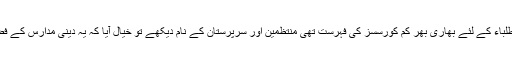
کل ایک اشتہار دیکھا جس میں دینی مدارس کے طلباء کے لئے بھاری بھر کم کورسسز کی فہرست تھی منتظمین اور سرپرستان کے نام دیکھے تو خیال آیا کہ یہ دینی مدارس کے فضلاء کو روایت سے کاٹنے کے سنہری جال ہیں ۔